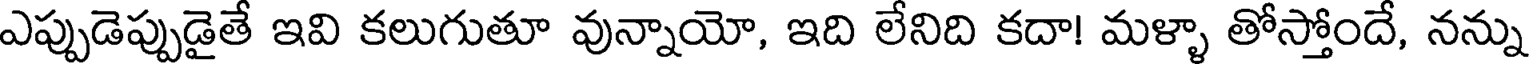
ఎప్పుడెప్పుడైతే ఇవి కలుగుతూ వున్నాయో, ఇది లేనిది కదా! మళ్ళా తోస్తోందే, నన్ను